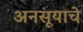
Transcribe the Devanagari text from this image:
अनसूयाचे